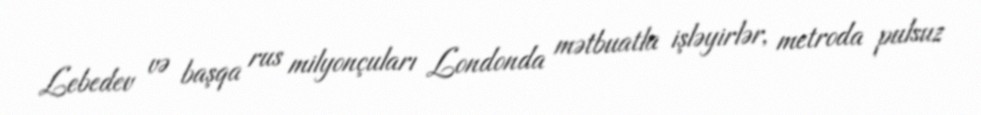
Lebedev və başqa rus milyonçuları Londonda mətbuatla işləyirlər, metroda pulsuz